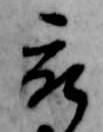
被